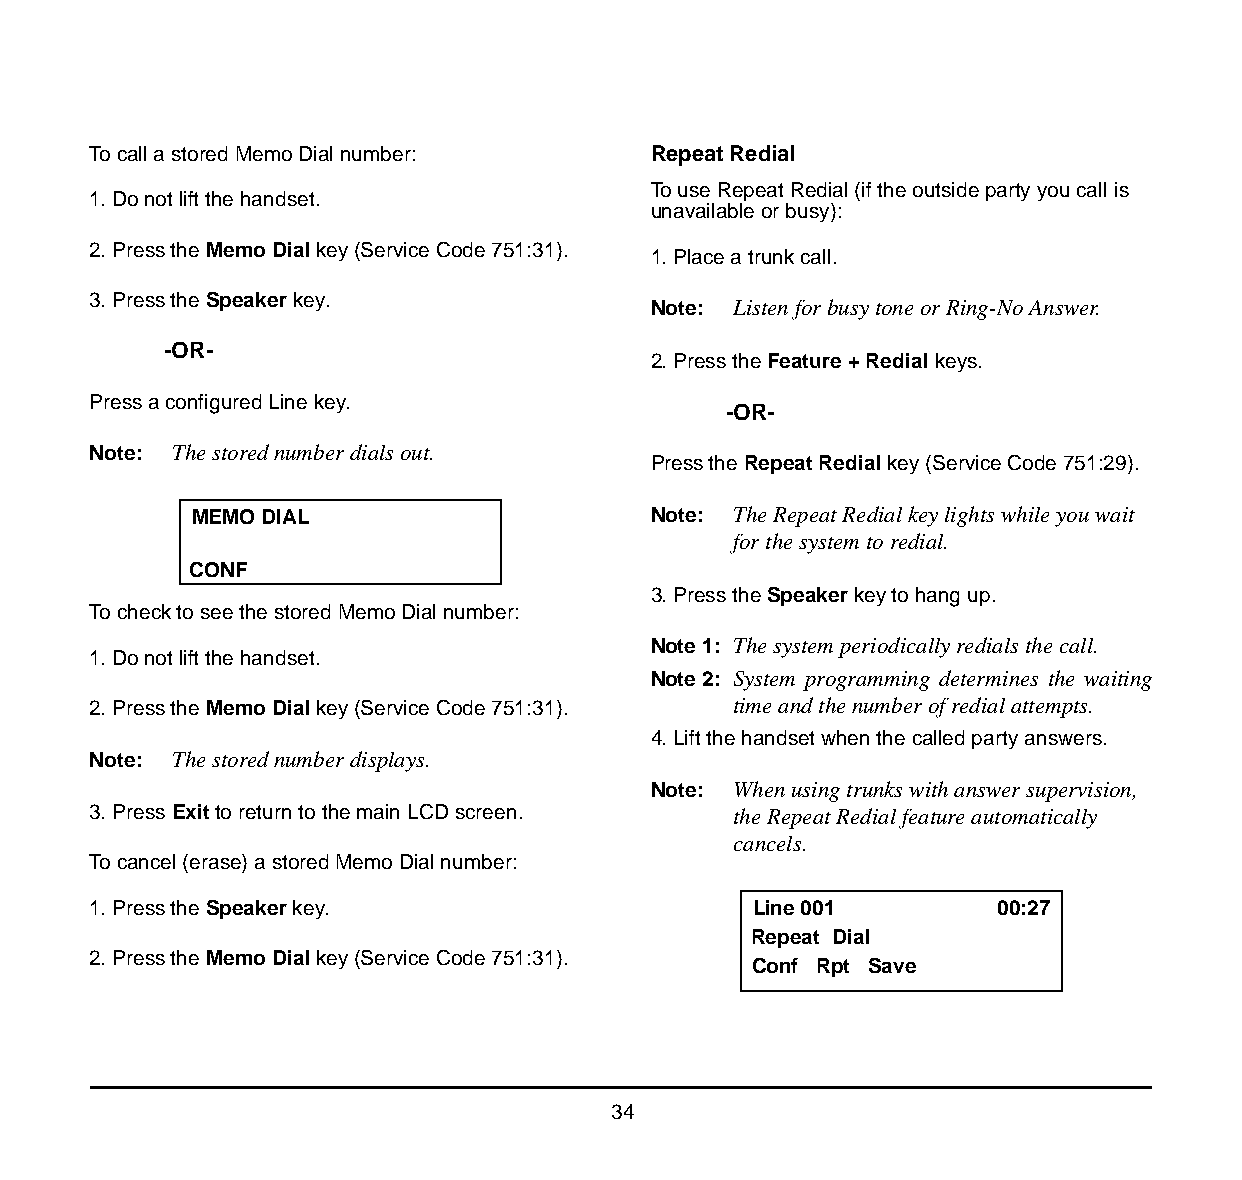
To call a stored Memo Dial number:    Repeat Redial
 To use Repeat Redial (if the outside party you call is
 1. Do not lift the handset.
 unavailable or busy):
 2. Press the Memo Dial key (Service Code 751:31).
 1. Place a trunk call.
 3. Press the Speaker key.
 Note: Listen for busy tone or Ring-No Answer.
 -OR-
 2. Press the Feature + Redial keys.
 Press a configured Line key.
 -OR-
 Note: The stored number dials out.
 Press the Repeat Redial key (Service Code 751:29).
 MEMO DIAL                      Note: The Repeat Redial key lights while you wait
 for the system to redial.
 CONF
 3. Press the Speaker key to hang up.
 To check to see the stored Memo Dial number:
 Note 1: The system periodically redials the call.
 1. Do not lift the handset.
 Note 2: System programming determines the waiting
 2. Press the Memo Dial key (Service Code 751:31). time and the number of redial attempts.
 4. Lift the handset when the called party answers.
 Note: The stored number displays.
 Note: When using trunks with answer supervision,
 3. Press Exit to return to the main LCD screen. the Repeat Redial feature automatically
 cancels.
 To cancel (erase) a stored Memo Dial number:
 1. Press the Speaker key.                   Line 001         00:27
 Repeat Dial
 2. Press the Memo Dial key (Service Code 751:31).
 Conf Rpt Save
 34